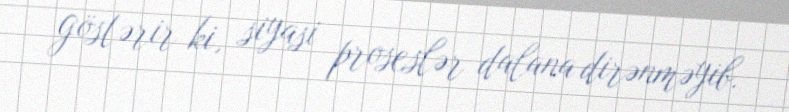
göstərir ki, siyasi proseslər dalana dirənməyib.